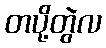
တပို့တွဲလ